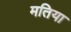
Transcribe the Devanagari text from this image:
मतिया